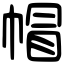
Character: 帽